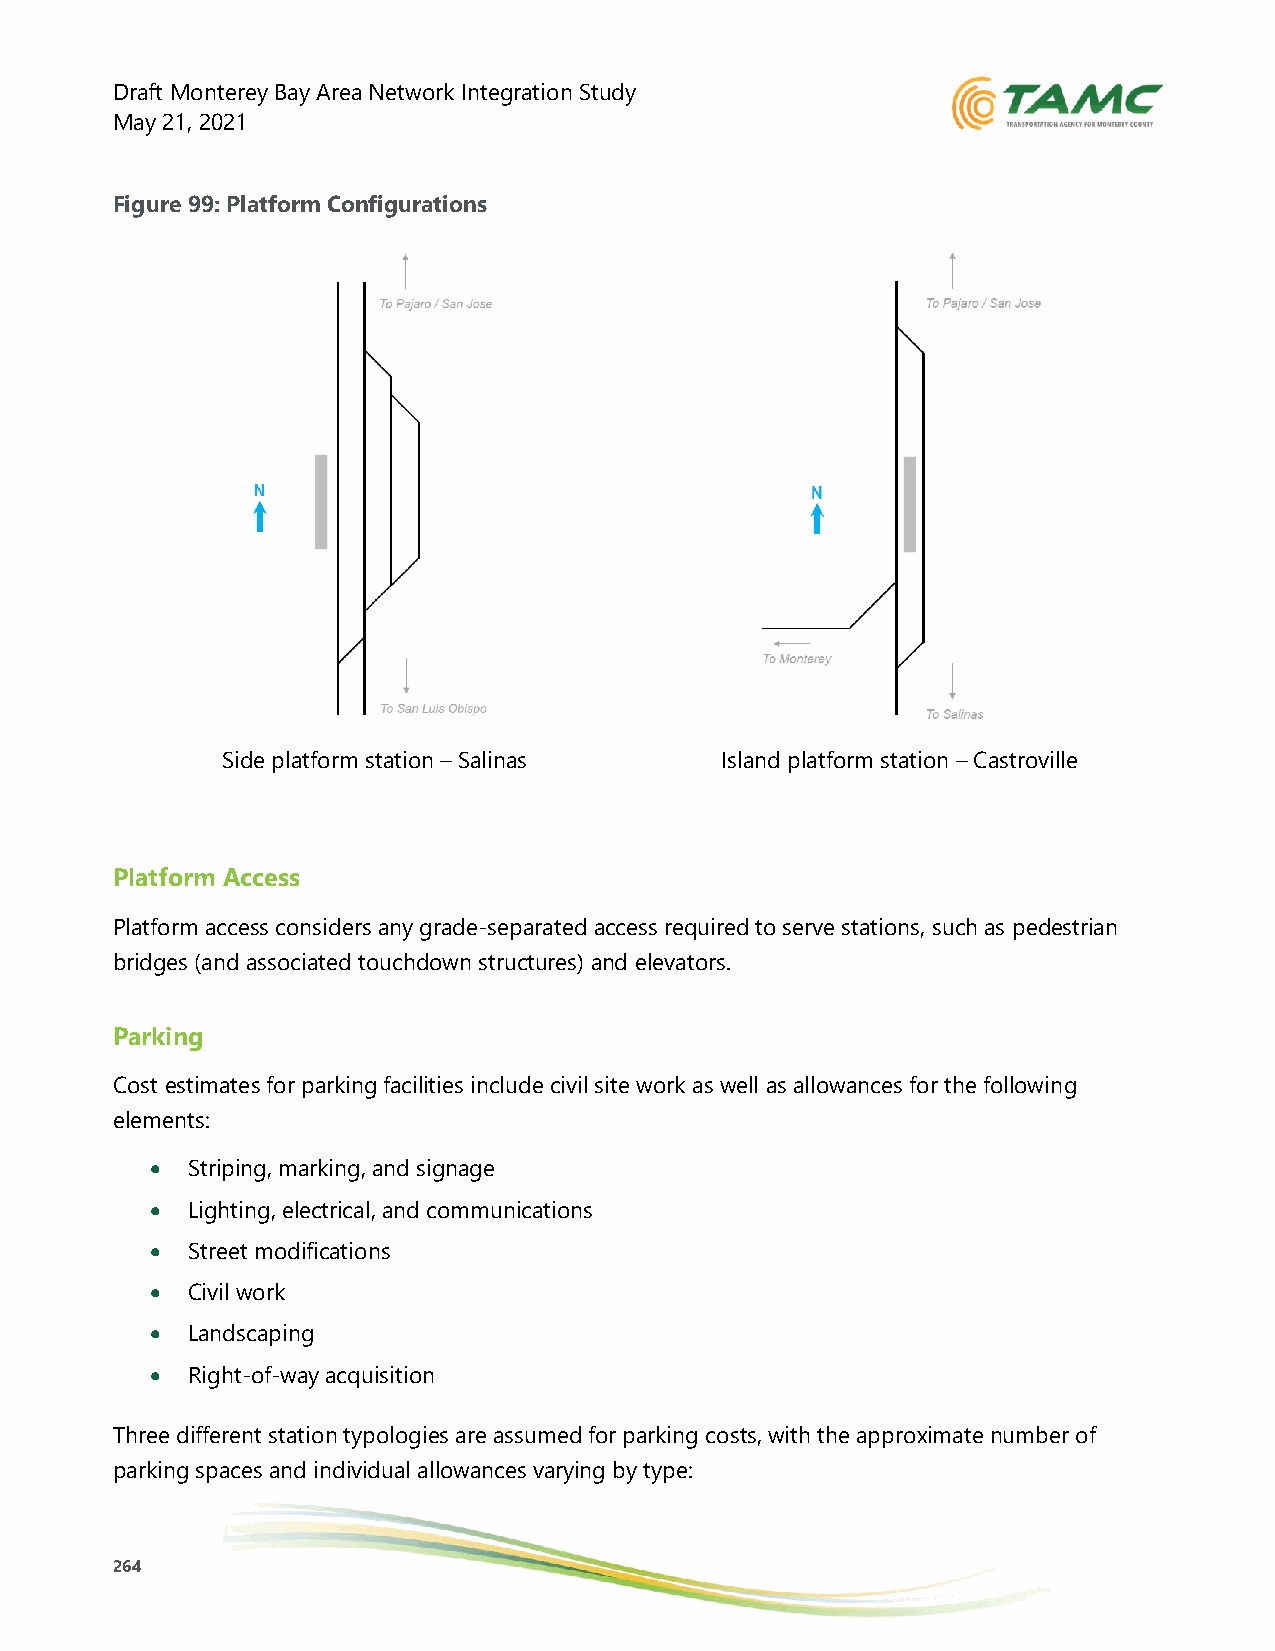
Draft Monterey Bay Area Network Integration Study
 May 21, 2021
 Figure 99: Platform Configurations
 Side platform station – Salinas  Island platform station – Castroville
 Platform Access
 Platform access considers any grade-separated access required to serve stations, such as pedestrian
 bridges (and associated touchdown structures) and elevators.
 Parking
 Cost estimates for parking facilities include civil site work as well as allowances for the following
 elements:
 • Striping, marking, and signage
 • Lighting, electrical, and communications
 • Street modifications
 • Civil work
 • Landscaping
 • Right-of-way acquisition
 Three different station typologies are assumed for parking costs, with the approximate number of
 parking spaces and individual allowances varying by type:
 264